Medical and sanitary report on the native army of Bombay for the year
Year: 1879
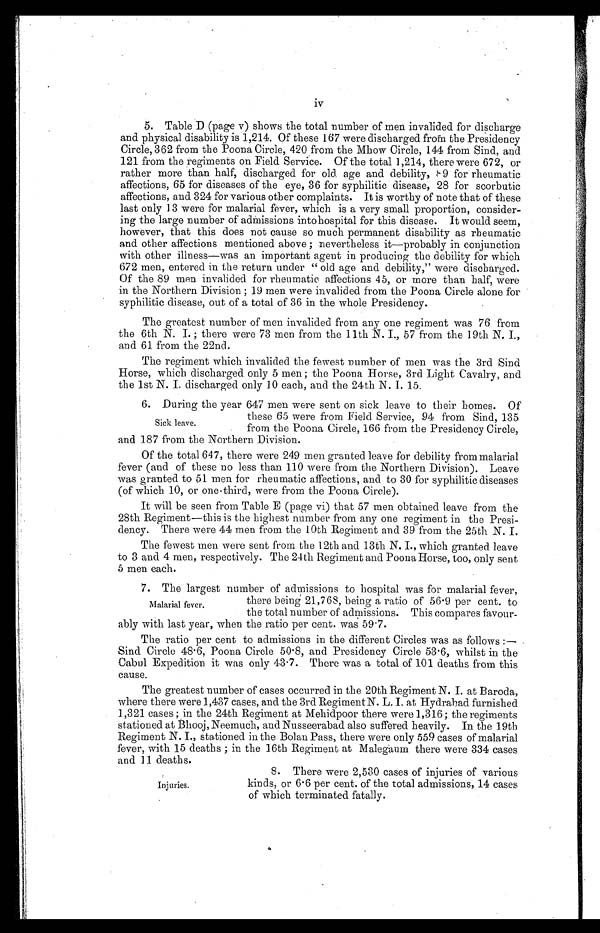
iv
5. Table D (page v) shows the total number of men invalided for discharge
and physical disability is 1,214. Of these 167 were discharged from the Presidency
Circle, 362 from the Poona Circle, 420 from the Mhow Circle, 144 from Sind, and
121 from the regiments on Field Service. Of the total 1,214, there were 672, or
rather more than half, discharged for old age and debility, 89 for rheumatic
affections, 65 for diseases of the eye, 36 for syphilitic disease, 28 for scorbutic
affections, and 324 for various other complaints. It is worthy of note that of these
last only 13 were for malarial fever, which is a very small proportion, consider-
ing the large number of admissions into hospital for this disease. It would seem,
however, that this does not cause so much permanent disability as rheumatic
and other affections mentioned above; nevertheless it—probably in conjunction
with other illness—was an important agent in producing the debility for which
672 men, entered in the return under "old age and debility," were discharged.
Of the 89 men invalided for rheumatic affections 45, or more than half, were
in the Northern Division; 19 men were invalided from the Poona Circle alone for
syphilitic disease, out of a total of 36 in the whole Presidency.
The greatest number of men invalided from any one regiment was 76 from
the 6th N. I.; there were 73 men from the 11th N. I., 57 from the 19th N. I.,
and 61 from the 22nd.
The regiment which invalided the fewest number of men was the 3rd Sind
Horse, which discharged only 5 men; the Poona Horse, 3rd Light Cavalry, and
the 1st N. I. discharged only 10 each, and the 24th N. I. 15.
6. During the year 647 men were sent on sick leave to their homes. Of
these 65 were from Field Service, 94 from Sind, 135
from the Poona Circle, 166 from the Presidency Circle,
and 187 from the Northern Division.
Of the total 647, there were 249 men granted leave for debility from malarial
fever (and of these no less than 110 were from the Northern Division). Leave
was granted to 51 men for rheumatic affections, and to 30 for syphilitic diseases
(of which 10, or one-third, were from the Poona Circle).
It will be seen from Table E (page vi) that 57 men obtained leave from the
28th Regiment—this is the highest number from any one regiment in the Presi-
dency. There were 44 men from the 10th Regiment and 39 from the 25th N. I.
The fewest men were sent from the 12th and 13th N. I., which granted leave
to 3 and 4 men, respectively. The 24th Regiment and Poona Horse, too, only sent
5 men each.
7. The largest number of admissions to hospital was for malarial fever,
there being 21,768, being a ratio of 56.9 per cent. to
the total number of admissions. This compares favour-
ably with last year, when the ratio per cent. was 59.7.
The ratio per cent to admissions in the different Circles was as follows:
—Sind Circle 48.6, Poona Circle 50.8, and Presidency Circle 53.6, whilst in the
Cabul Expedition it was only 43.7. There was a total of 101 deaths from this
cause.
The greatest number of cases occurred in the 20th Regiment N. I. at Baroda,
where there were 1,437 cases, and the 3rd Regiment N. L. I. at Hydrabad furnished
1,321 cases; in the 24th Regiment at Mehidpoor there were 1,316; the regiments
stationed at Bhooj, Neemuch, and Nusseerabad also suffered heavily. In the 19th
Regiment N. I., stationed in the Bolan Pass, there were only 559 cases of malarial
fever, with 15 deaths; in the 16th Regiment at Malegaum there were 334 cases
and 11 deaths.
8. There were 2,530 cases of injuries of various
kinds, or 6.6 per cent. of the total admissions, 14 cases
of which terminated fatall
y .
Sick leave.
Malarial fever.
Injuries.